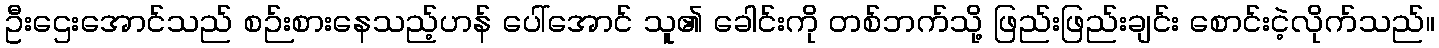
ဦးဌေးအောင်သည် စဉ်းစားနေသည့်ဟန် ပေါ်အောင် သူ၏ ခေါင်းကို တစ်ဘက်သို့ ဖြည်းဖြည်းချင်း စောင်းငဲ့လိုက်သည်။